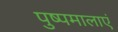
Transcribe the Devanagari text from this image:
पुष्पमालाएं